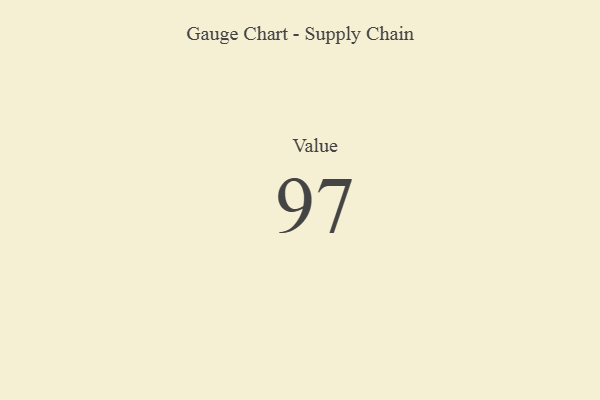
{"axis": {"x": "Metric", "y": "Value"}, "legend": [""], "data": [{"x": "Value", "y": 97, "type": ""}]}